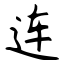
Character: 连